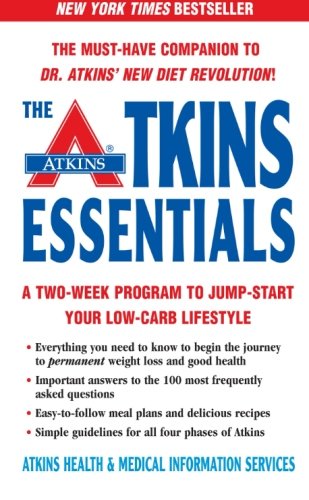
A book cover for The Atkins Essentials: A Two-Week Program to Jump-start Your Low-Carb Lifestyle; Atkins Health & Medical Information Serv; Health, Fitness & Dieting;